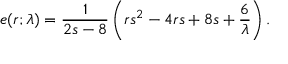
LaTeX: e ( r ; \lambda ) = { \frac { 1 } { 2 s - 8 } } \left( r s ^ { 2 } - 4 r s + 8 s + { \frac { 6 } { \lambda } } \right) .